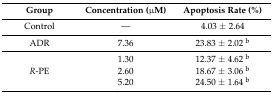
| Group | Concentration (μM) | Apoptosis Rate (%) |
 | --- | --- | --- |
 | Control | — | 4.03 ± 2.64 |
 | ADR | 7.36 | 23.83 ± 2.02 b |
 | <ROWSPAN=3> R-PE | 1.30 | 12.37 ± 4.62 b |
 | 2.60 | 18.67 ± 3.06 b |
 | 5.20 | 24.50 ± 1.64 b |